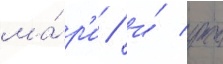
ма́р'и / и́ уже